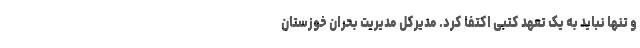
و تنها نباید به یک تعهد کتبی اکتفا کرد. مدیرکل مدیریت بحران خوزستان